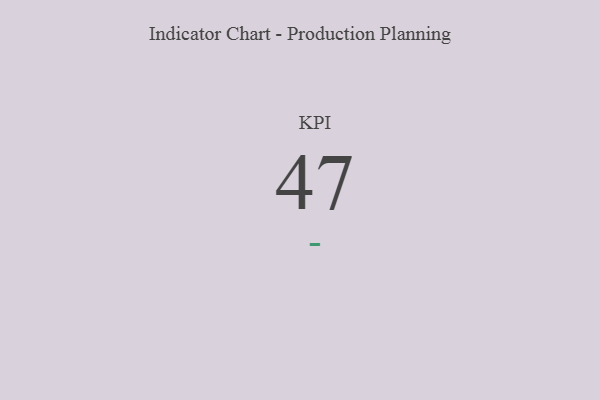
{"axis": {"x": "KPI", "y": "Value"}, "legend": [""], "data": [{"x": "KPI", "y": 47, "type": ""}]}